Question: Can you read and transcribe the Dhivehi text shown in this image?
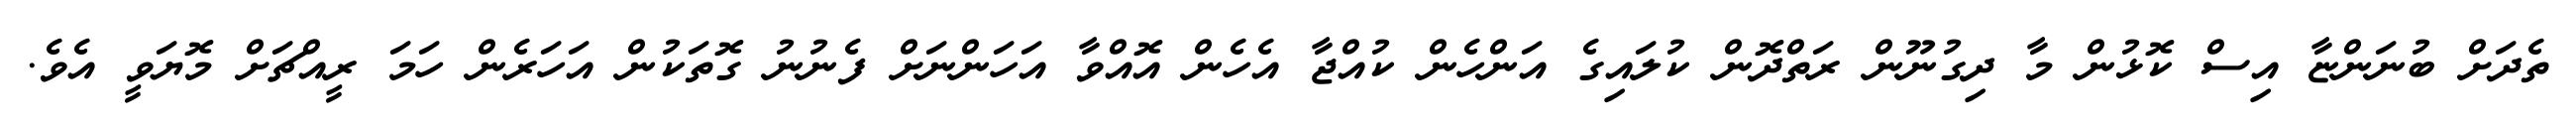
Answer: ތެދަށް ބުނަންޏާ އިސް ކޮޅުން މާ ދިގުނޫން ރަތްދޮން ކުލައިގެ އަންހެން ކުއްޖާ އެހެން އޮއްވާ އަހަންނަށް ފެނުނު ގޮތަކުން އަހަރެން ހަމަ ރީއްޗަށް މޮޔަވީ އެވެ.